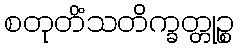
စတုတိံသတိက္ခတ္တုဉ္စ